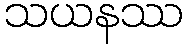
သယနဿ